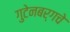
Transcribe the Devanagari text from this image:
गुटेनबर्गचे